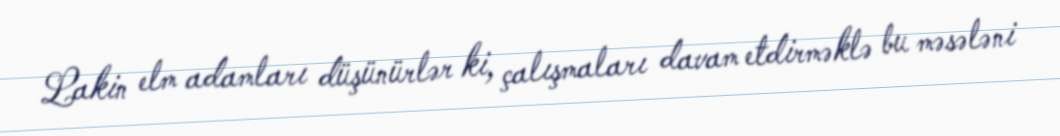
Lakin elm adamları düşünürlər ki, çalışmaları davam etdirməklə bu məsələni